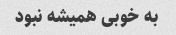
به خوبی همیشه نبود